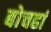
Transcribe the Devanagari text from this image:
बोचहां